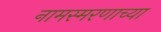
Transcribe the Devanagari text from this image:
नामस्मरणाच्या